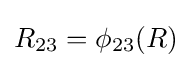
R_{23}=\phi _{23}(R)